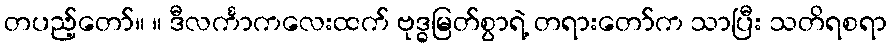
တပည့်တော်။ ။ ဒီလင်္ကာကလေးထက် ဗုဒ္ဓမြတ်စွာရဲ့ တရားတော်က သာပြီး သတိရစရာ